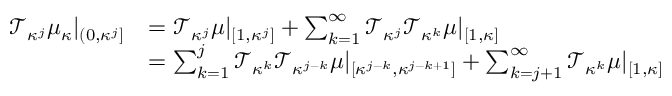
\begin{array} { r l } { \mathcal { T } _ { \kappa ^ { j } } \mu _ { \kappa } | _ { ( 0 , \kappa ^ { j } ] } } & { = \mathcal { T } _ { \kappa ^ { j } } \mu | _ { [ 1 , \kappa ^ { j } ] } + \sum _ { k = 1 } ^ { \infty } \mathcal { T } _ { \kappa ^ { j } } \mathcal { T } _ { \kappa ^ { k } } \mu | _ { [ 1 , \kappa ] } } \\ & { = \sum _ { k = 1 } ^ { j } \mathcal { T } _ { \kappa ^ { k } } \mathcal { T } _ { \kappa ^ { j - k } } \mu | _ { [ \kappa ^ { j - k } , \kappa ^ { j - k + 1 } ] } + \sum _ { k = j + 1 } ^ { \infty } \mathcal { T } _ { \kappa ^ { k } } \mu | _ { [ 1 , \kappa ] } } \end{array}